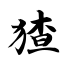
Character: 猹